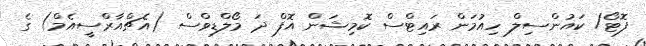
ފޮޓޯ/ ކައުންސިލް ހިއުމަން ރައިޓްސް ކޮމިޝަން އޮފް ދަ މޯލްޑިވްސް (އެޗްއާރްސީއެމް) ގެ